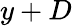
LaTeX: y+D